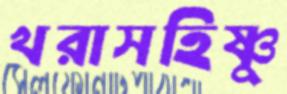
খরাসহিষ্ণু